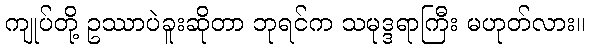
ကျုပ်တို့ ဥဿာပဲခူးဆိုတာ ဘုရင်က သမုဒ္ဒရာကြီး မဟုတ်လား။